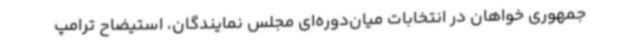
جمهوری خواهان در انتخابات میان‌دوره‌ای مجلس نمایندگان، استیضاح ترامپ